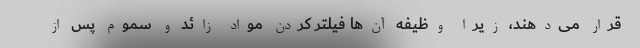
قرار می‌دهند، زیرا وظیفه آن‌ها فیلتر کردن مواد زائد و سموم پس از